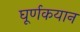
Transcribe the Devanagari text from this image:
घूर्णकयान